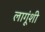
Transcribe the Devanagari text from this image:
लागूंशी